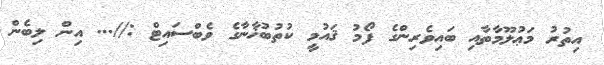
އިތުރު މަޢުލޫމާތާއި ބައިވެރިންގެ ފޯމު ޤައުމީ ކުތުބުޚާނާގެ ވެބްސައިޓް ://... އިން ލިބެން